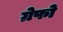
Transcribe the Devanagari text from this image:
ग्रेफो